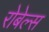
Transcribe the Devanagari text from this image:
रोबेल्‍स